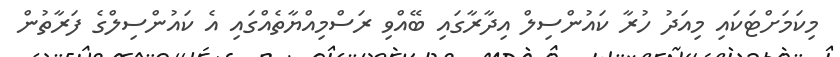
މިކަމަށްޓަކައި މިއަދު ހުރާ ކައުންސިލް އިދާރާގައި ބޭއްވި ރަސްމިއްޔާތެއްގައި އެ ކައުންސިލްގެ ފަރާތުން